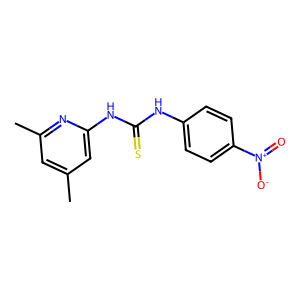
SMILES: Cc1cc(C)nc(NC(=S)Nc2ccc([N+](=O)[O-])cc2)c1
Inhibits HIV replication: No